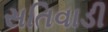
સતિવાડી